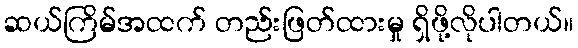
ဆယ်ကြိမ်အထက် တည်းဖြတ်ထားမှု ရှိဖို့လိုပါတယ်။